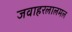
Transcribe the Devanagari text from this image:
जवाहरलालमल